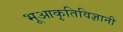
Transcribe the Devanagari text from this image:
भूआकृतिविज्ञानी